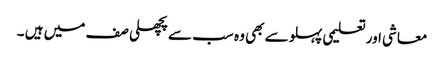
معاشی اور تعلیمی پہلو سے بھی وہ سب سے پچھلی صف میں ہیں ۔